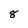
Character: 8